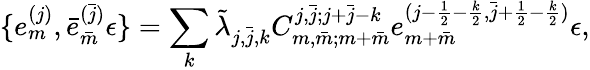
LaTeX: \{ e_{m}^{(j)},\bar{e}_{\bar{m}}^{(\bar{j})}\epsilon\} =\sum_{k}\tilde{\lambda}_{j,\bar{j},k}C_{m,\bar{m};m+\bar{m}}^{j,\bar{j};j+\bar{j}-k}e_{m+\bar{m}}^{(j-\frac{1}{2}-\frac{k}{2},\bar{j}+\frac{1}{2}-\frac{k}{2})}\epsilon,